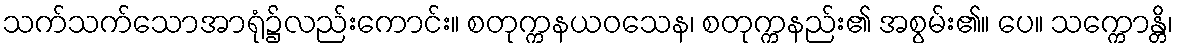
သက်သက်သောအာရုံ၌လည်းကောင်း။ စတုက္ကနယဝသေန၊ စတုက္ကနည်း၏ အစွမ်း၏။ ပေ။ သက္ကောန္တိ၊